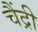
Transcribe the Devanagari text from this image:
चैंद्री